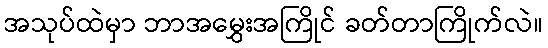
အသုပ်ထဲမှာ ဘာအမွှေးအကြိုင် ခတ်တာကြိုက်လဲ။